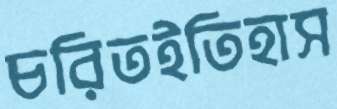
চরিতইতিহাস